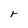
Character: r